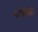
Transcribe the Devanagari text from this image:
गायीला।